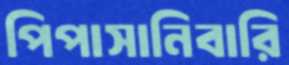
পিপাসানিবারি